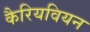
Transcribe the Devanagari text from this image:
कैरियवियन